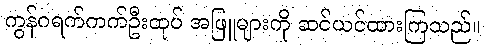
ကွန်ဂရက်ကက်ဦးထုပ် အဖြူများကို ဆင်ယင်ထားကြသည်။